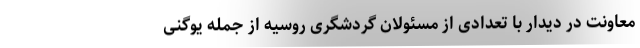
معاونت در دیدار با تعدادی از مسئولان گردشگری روسیه از جمله یوگنی